Vaccination in Burma 1920-1933 - 1920-1933
Year: 1920
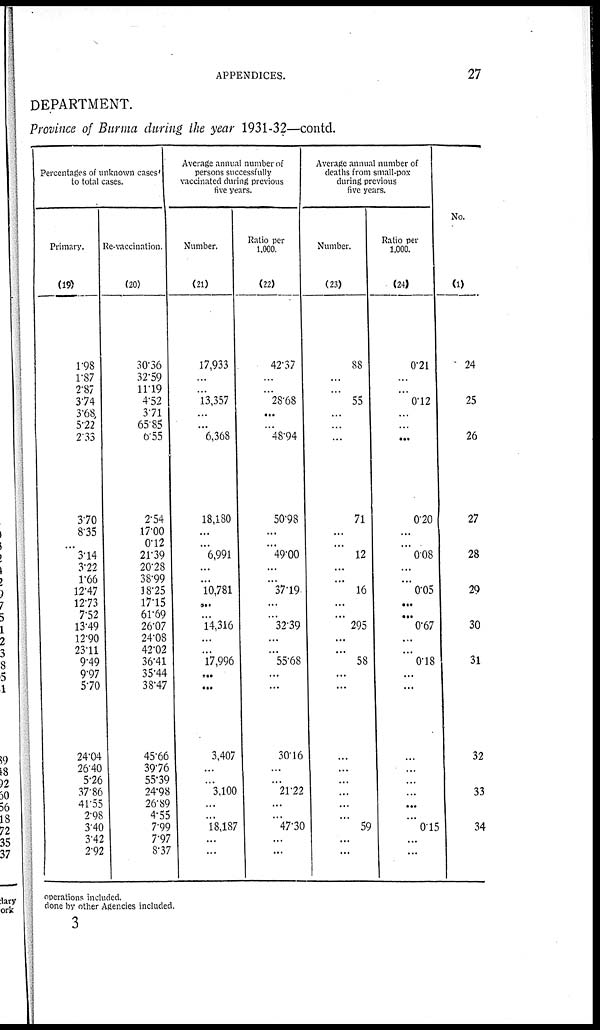
APPENDICES.
27
DEPARTMENT.
Province of Burma during the year 1931-32—contd.
Percentages of unknown cases
to total cases.
Primary.
(19)
1.98
1.87
2.87
3.74
3.68
5.22
2.33
3.70
8.35
...
3.14
3.22
1.66
12.47
12.73
7.52
13.49
12.90
23.11
9.49
9.97
5.70
24.04
26.40
5.26
37.86
41.55
2.98
3.40
3.42
2.92
Re-vaccination.
(20)
30.36
32.59
11.19
4.52
3.71
65.85
6.55
2.54
17.00
0.12
21.39
20.28
38.99
18.25
17.15
61.69
26.07
24.08
42.02
36.41
35.44
38.47
45.66
39.76
55.39
24.98
26.89
4.55
7.99
7.97
8.37
Average annual number of
persons successfully
vaccinated during previous
five years.
Number.
(21)
17,933
...
...
13,357
...
...
6,368
18,180
...
...
6,991
...
...
10,781
...
...
14,316
...
...
17,996
...
...
3,407
...
...
3,100
...
...
18,187
...
...
Ratio per
1,000.
(22)
42.37
...
...
28.68
...
...
48.94
50.98
...
...
49.00
...
...
37.19
...
...
32.39
...
...
55.68
...
...
30.16
...
...
2122
...
...
47.30
...
...
Average annual number of
deaths from small-pox
during previous
five years.
Number.
(23)
88
...
...
55
...
...
...
71
...
...
12
...
...
16
...
...
295
...
...
58
...
...
...
...
...
...
...
...
59
...
...
Ratio per
1,000.
(24)
0.2l
...
...
0.12
...
...
...
0.20
...
...
0.08
...
...
0.05
...
...
0.67
...
...
0.18
...
...
...
...
...
...
...
...
0.15
...
...
No.
(1)
24
25
26
27
28
29
30
31
32
33
34
operations included.
done by other Agencies included.
3